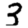
Digit: 3